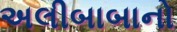
અલીબાબાનો